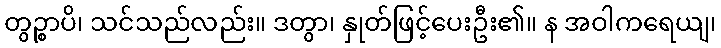
တွဉ္စာပိ၊ သင်သည်လည်း။ ဒတွာ၊ နှုတ်ဖြင့်ပေးဦး၏။ န အဝါကရေယျ၊